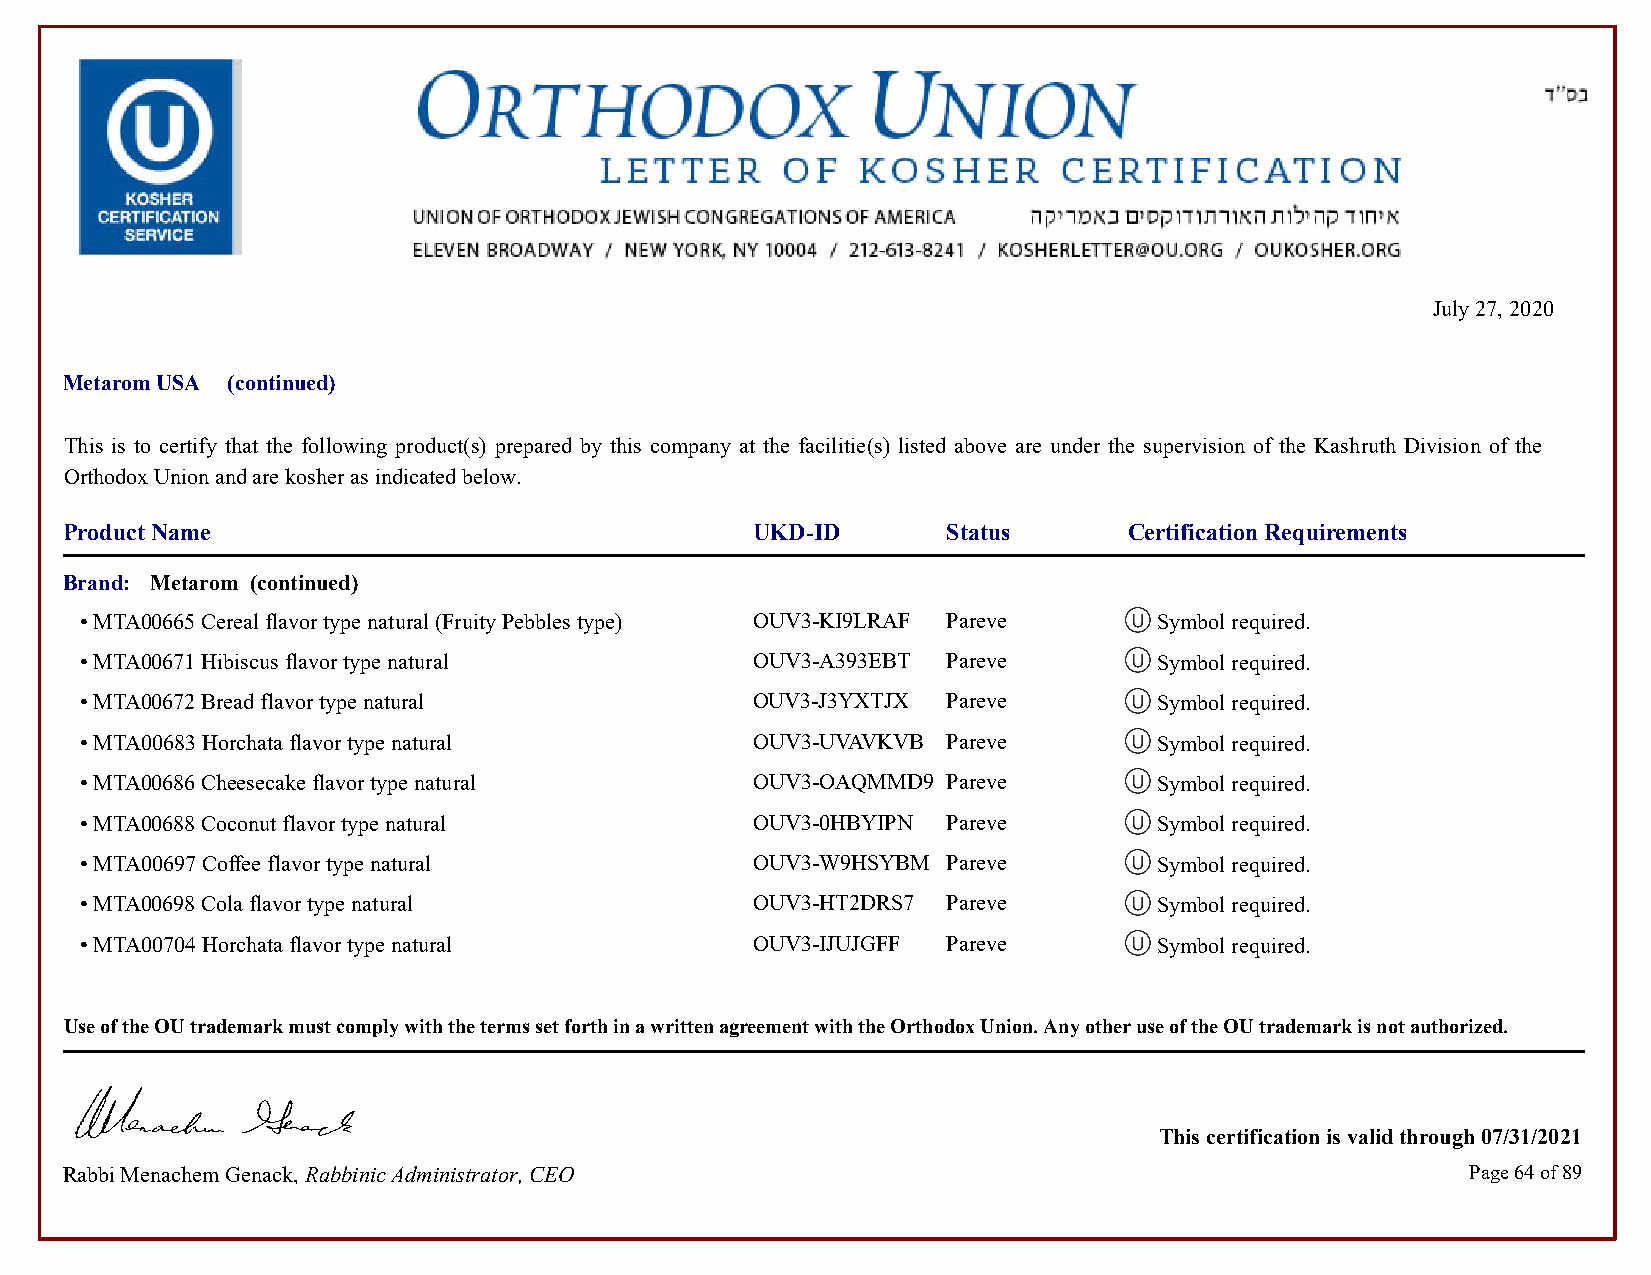
July 27, 2020
 Metarom USA (continued)
 This is to certify that the following product(s) prepared by this company at the facilitie(s) listed above are under the supervision of the Kashruth Division of the
 Orthodox Union and are kosher as indicated below.
 Product Name                                  UKD-ID       Status      Certification Requirements
 Brand: Metarom (continued)
 • MTA00665 Cereal flavor type natural (Fruity Pebbles type) OUV3-KI9LRAF Pareve Symbol required.    Symbol required.
 • MTA00671 Hibiscus flavor type natural      OUV3-A393EBT Pareve        Symbol required.            Symbol required.
 • MTA00672 Bread flavor type natural         OUV3-J3YXTJX Pareve        Symbol required.            Symbol required.
 • MTA00683 Horchata flavor type natural      OUV3-UVAVKVB Pareve        Symbol required.            Symbol required.
 • MTA00686 Cheesecake flavor type natural    OUV3-OAQMMD9 Pareve        Symbol required.            Symbol required.
 • MTA00688 Coconut flavor type natural       OUV3-0HBYIPN Pareve        Symbol required.            Symbol required.
 • MTA00697 Coffee flavor type natural        OUV3-W9HSYBM Pareve        Symbol required.            Symbol required.
 • MTA00698 Cola flavor type natural          OUV3-HT2DRS7 Pareve        Symbol required.            Symbol required.
 • MTA00704 Horchata flavor type natural      OUV3-IJUJGFF Pareve        Symbol required.            Symbol required.
 Use of the OU trademark must comply with the terms set forth in a written agreement with the Orthodox Union. Any other use of the OU trademark is not authorized.
 This certification is valid through 07/31/2021
 Rabbi Menachem Genack, Rabbinic Administrator, CEO                                           Page 64 of 89